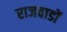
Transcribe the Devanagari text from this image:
राजवाडों